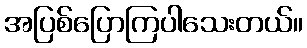
အပြစ်ပြောကြပါသေးတယ်။